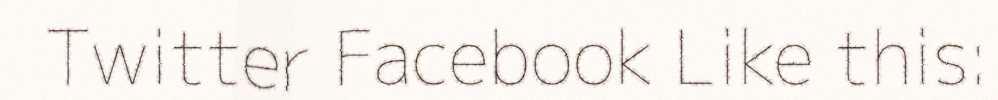
Twitter Facebook Like this: